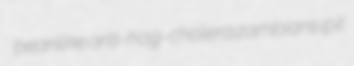
beanlike anti-hog-cholera zambians ipil